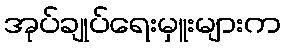
အုပ်ချုပ်ရေးမှူးများက